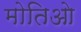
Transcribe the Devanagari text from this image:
मोतिओ